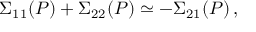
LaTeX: \Sigma _ { 1 1 } ( P ) + \Sigma _ { 2 2 } ( P ) \simeq - \Sigma _ { 2 1 } ( P ) \, ,